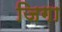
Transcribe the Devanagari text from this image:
जिगा